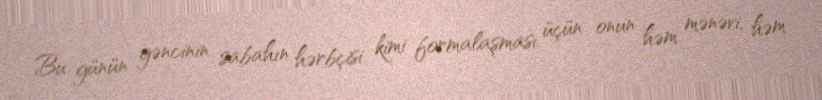
Bu günün gəncinin sabahın hərbçisi kimi formalaşması üçün onun həm mənəvi, həm